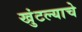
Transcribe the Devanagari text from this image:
खुंटल्याचे